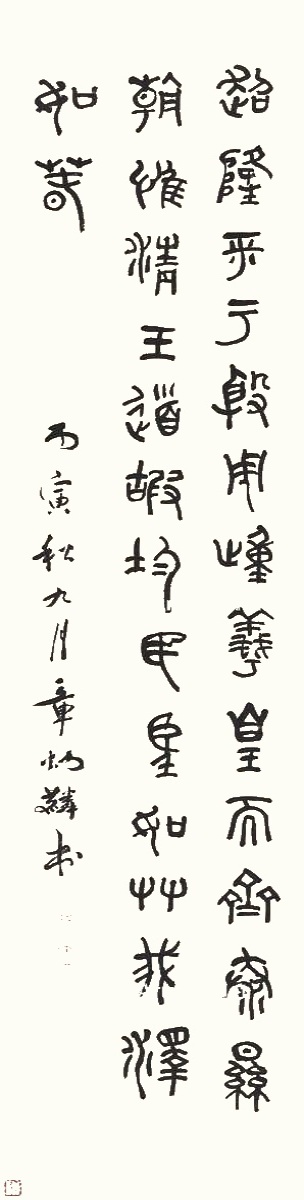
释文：超隆平于殷周，踵羲皇而齐泰。显朝惟清，王道嘏均。民望如草，我泽如春。丙寅秋九月，章炳麟书。